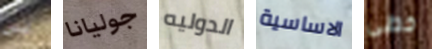
لي جوليانا الدوليه الاساسية خطى